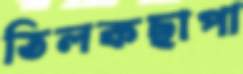
তিলকছাপা